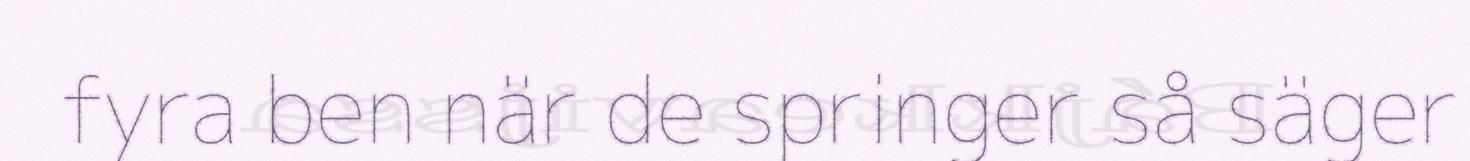
fyra ben när de springer så säger